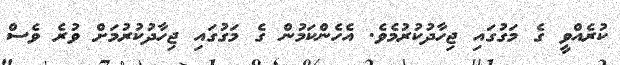
ކުރެއްވީ ގެ މަގުގައި ޖިހާދުކުރުމެވެ. އެހެންކަމުން ގެ މަގުގައި ޖިހާދުކުރުމަށް ވުރެ ވެސް